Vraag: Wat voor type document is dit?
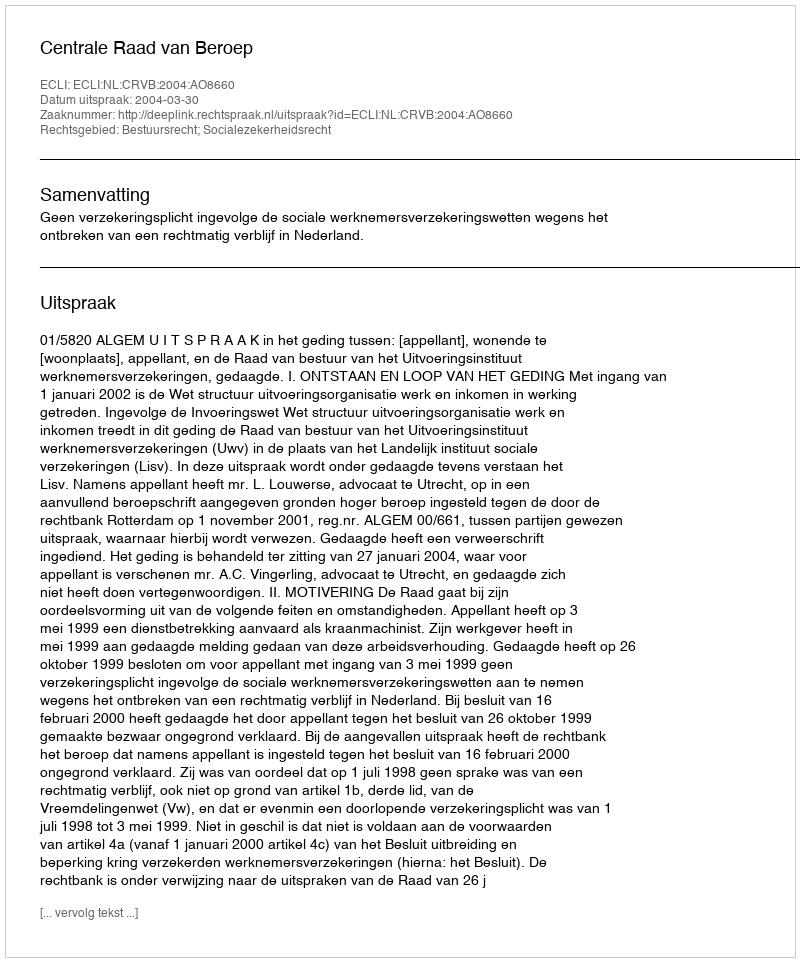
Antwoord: Uitspraak